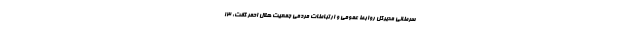
سرطانی مدیرکل روابط عمومی و ارتباطات مردمی جمعیت هلال احمر گفت: ۱۳